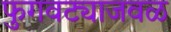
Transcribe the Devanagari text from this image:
फुगवट्याजवळ